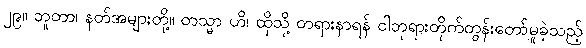
၂၉။ ဘူတာ၊ နတ်အများတို့။ တသ္မာ ဟိ၊ ထိုသို့ တရားနာရန် ငါဘုရားတိုက်တွန်းတော်မူခဲ့သည့်